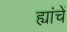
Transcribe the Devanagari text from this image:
ह्यांचें